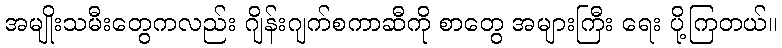
အမျိုးသမီးတွေကလည်း ဂျိန်းဂျက်စကာဆီကို စာတွေ အများကြီး ရေး ပို့ကြတယ်။